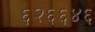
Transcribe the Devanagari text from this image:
६२६६४६